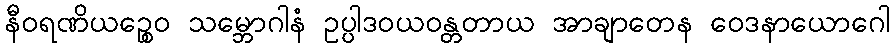
နီဝရဏိယဉ္စေဝ သမ္ဘောဂါနံ ဥပ္ပါဒဝယဝန္တတာယ အာချာတေန ဝေဒနာယောဂေါ